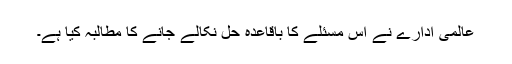
عالمی ادارے نے اس مسئلے کا باقاعدہ حل نکالے جانے کا مطالبہ کیا ہے۔